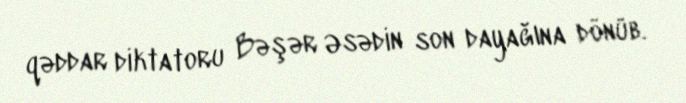
qəddar diktatoru Bəşər Əsədin son dayağına dönüb.